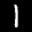
Label: 1